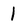
Character: 1